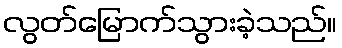
လွတ်မြောက်သွားခဲ့သည်။